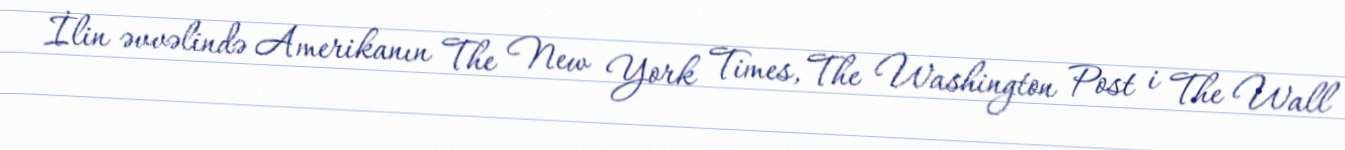
İlin əvvəlində Amerikanın The New York Times, The Washington Post i The Wall